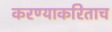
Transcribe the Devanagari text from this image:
करण्याकरिताच